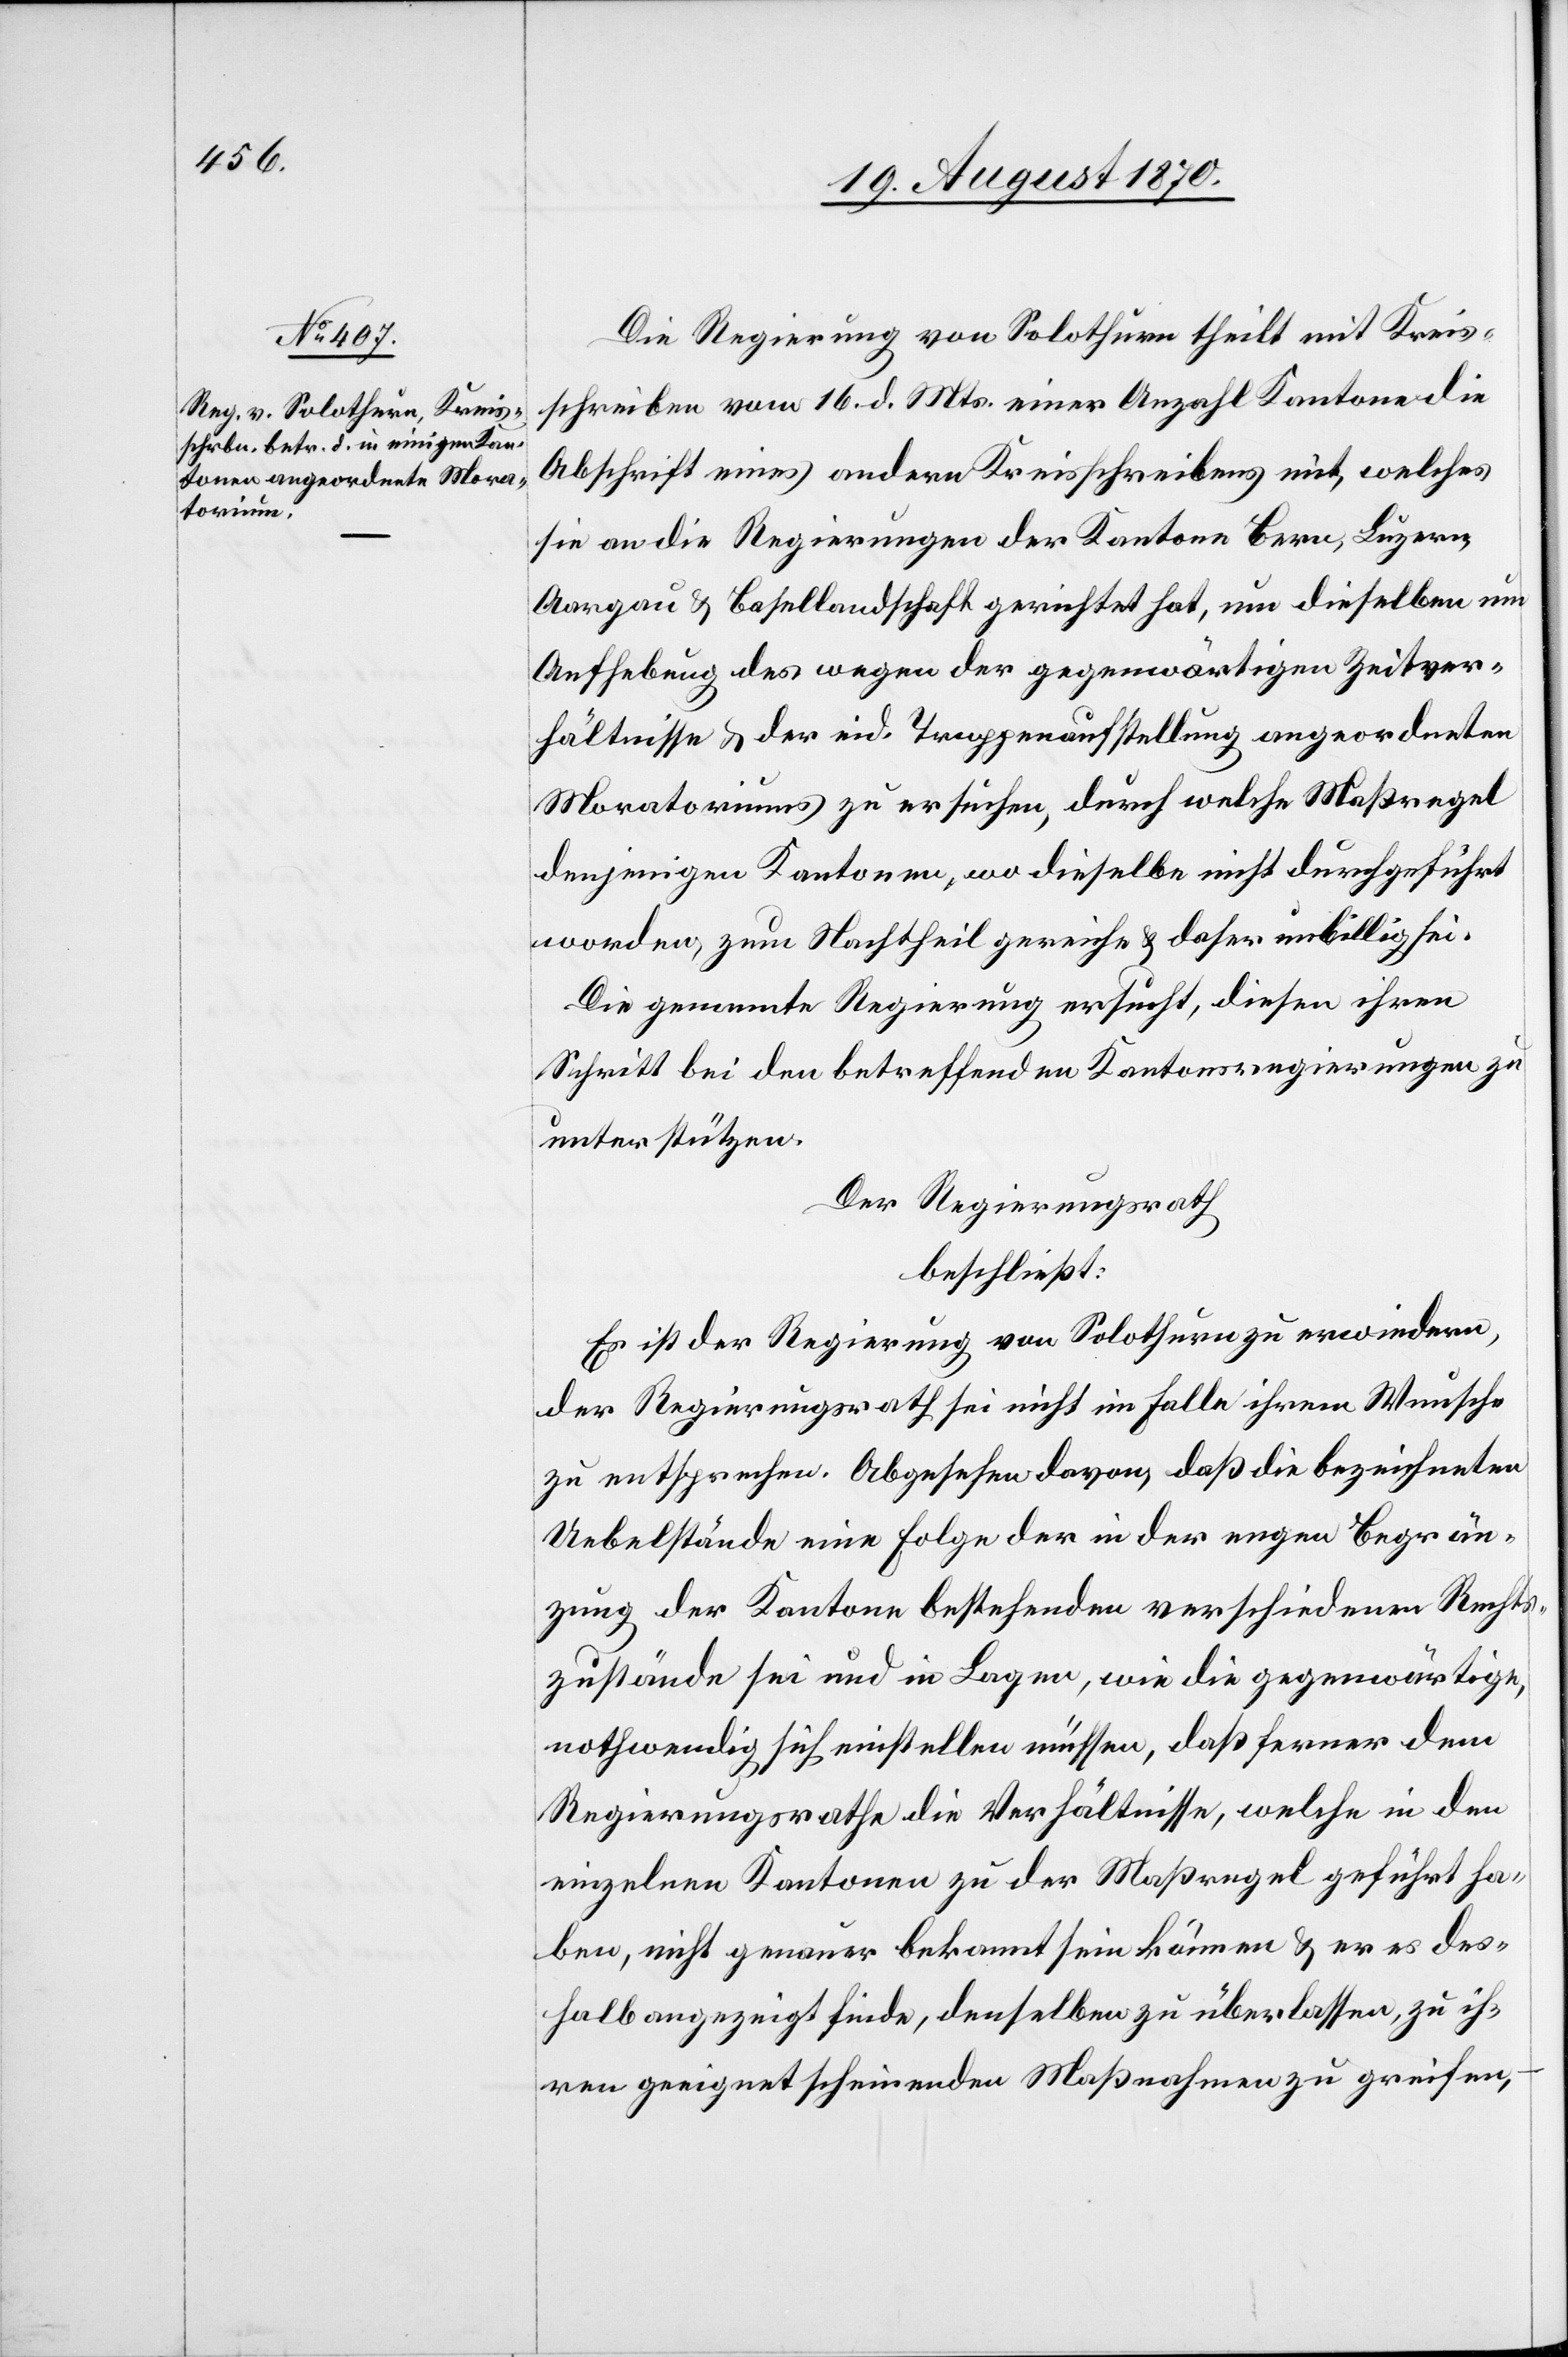
Die Regierung von Solothurn theilt mit Kreis¬
schreiben vom 16. d. Mts. einer Anzahl Kantone die
Abschrift eines andern Kreisschreibens mit, welches
sie an die Regierungen der Kantone Bern, Luzern,
Aargau & Basellandschaft gerichtet hat, um dieselben um
Aufhebung des wegen der gegenwärtigen Zeitver¬
hältnisse & der eid. Truppenaufstellung angeordneten
Moratoriums zu ersuchen, durch welche Maßregel
denjenigen Kantonen, wo dieselbe nicht durchgeführt
worden, zum Nachtheil gereiche & daher unbillig sei.
Die genannte Regierung ersucht, diesen ihren
Schritt bei den betreffenden Kantonsregierungen zu
unterstützen.
Der Regierungsrath
beschließt:
Es ist der Regierung von Solothurn zu erwiedern,
der Regierungsrath sei nicht im Fall ihrem Wunsche
zu entsprechen. Abgesehen davon, daß die bezeichneten
Uebelstände eine Folge der in der engen Begrän¬
zung der Kantone bestehenden verschiedenen Rechts¬
zustände sei und in Lagen, wie die gegenwärtige,
nothwendig sich einstellen müssen, daß ferner dem
Regierungsrathe die Verhältnisse, welch in den
einzelnen Kantonen zu der Maßregel geführt ha¬
ben, nicht genauer bekannt sein können & er es des¬
halb angezeigt finde, denselben zu überlassen, zu ih¬
ren geeignet scheinenden Maßnahmen zu greifen,